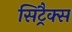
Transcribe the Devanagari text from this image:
सिट्रैक्स